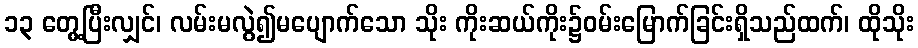
၁၃ တွေ့ပြီးလျှင်၊ လမ်းမလွဲ၍မပျောက်သော သိုး ကိုးဆယ်ကိုး၌ဝမ်းမြောက်ခြင်းရှိသည်ထက်၊ ထိုသိုး